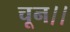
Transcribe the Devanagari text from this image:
चून।।